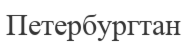
Петербургтан